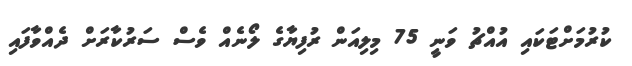
ކުރުމަށްޓަކައި އުއްޗު ވަނީ 75 މިލިއަން ރުފިޔާގެ ލޯނެއް ވެސް ސަރުކާރަށް ދެއްވާފައި